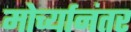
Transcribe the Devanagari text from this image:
मोर्च्यानंतर